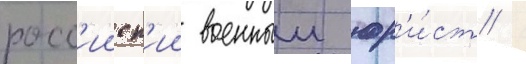
росс'ииск'ии военныи юр'и́ст /